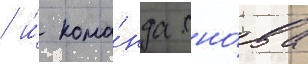
/ и́ кома́нда сно́ва